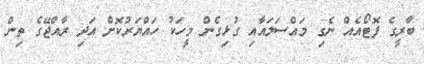
ބާރީގެ ފޮޓޯއެއް ނެގި މައްސަލައާއި ގުޅިގެން މީހަކު ހައްްޔަރުކޮށް އަދި ރާއްޖޭގެ ތިން